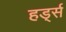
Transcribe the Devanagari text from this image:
हर्ड्स